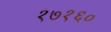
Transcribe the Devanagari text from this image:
१७१६०